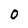
Character: O